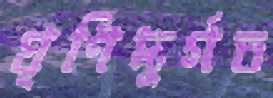
ঘূর্ণিদুর্গত